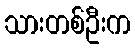
သားတစ်ဦးက